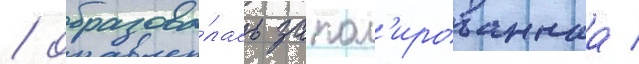
/ образова́лась запол'ированнаа /